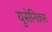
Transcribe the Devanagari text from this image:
युसेनिक्स